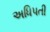
અધિપતી